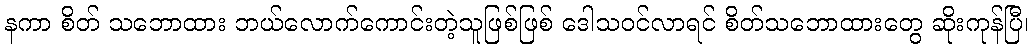
နကာ စိတ် သဘောထား ဘယ်လောက်ကောင်းတဲ့သူဖြစ်ဖြစ် ဒေါသဝင်လာရင် စိတ်သဘောထားတွေ ဆိုးကုန်ပြီ၊